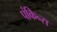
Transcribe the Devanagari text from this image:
पंकिन्स